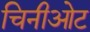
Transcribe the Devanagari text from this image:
चिनीओट